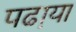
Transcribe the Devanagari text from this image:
पढा़या